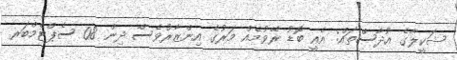
ޝަކީލާގެ އުދާސްތައް: އެއީ ބޮޑު ރޭވުމެއް މަރުގެ އިންޒާރުވެސް ދިން 08 ސެޕްޓެމްބަރ